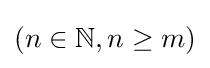
(n\in \mathbb {N} ,n\geq m)